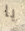
يا